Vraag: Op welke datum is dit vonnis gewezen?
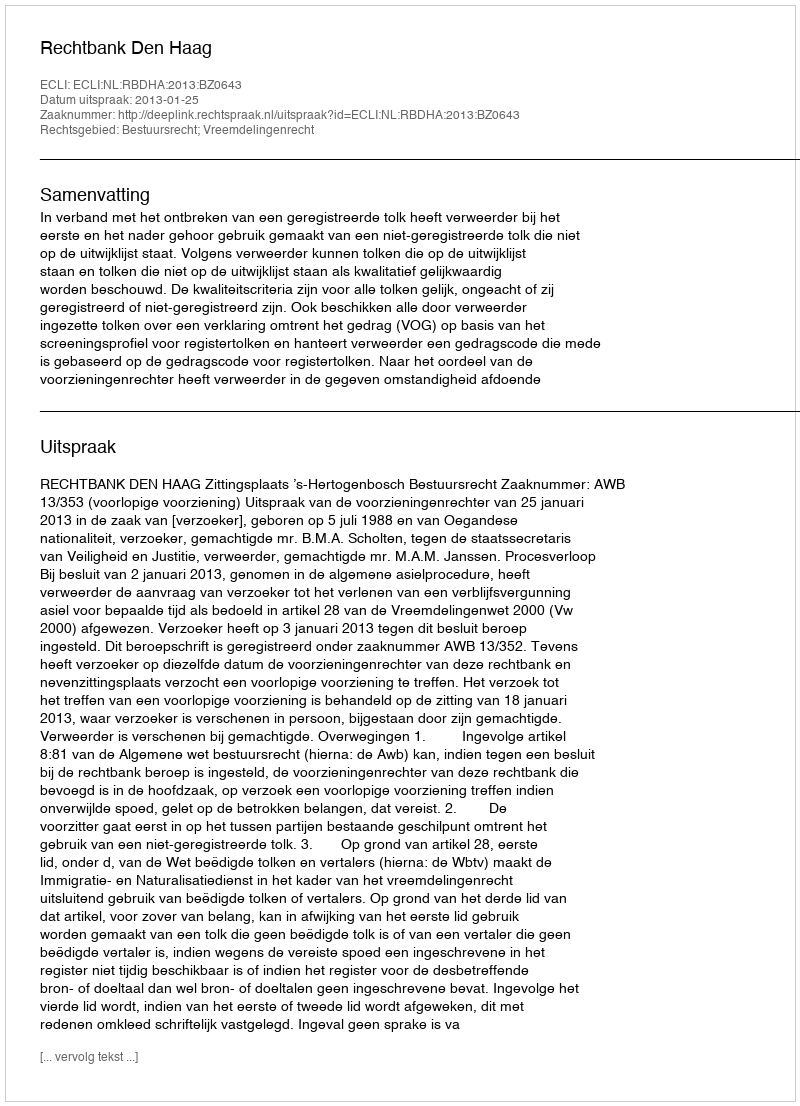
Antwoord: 2013-01-25